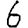
Digit: 6